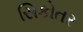
સિકોતર